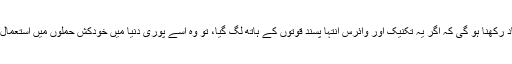
’’یہ بات بھی یاد رکھنا ہو گی کہ اگر یہ تکنیک اور وائرس انتہا پسند قوتوں کے ہاتھ لگ گیا، تو وہ اسے پوری دنیا میں خودکش حملوں میں استعمال کر سکتے ہیں۔